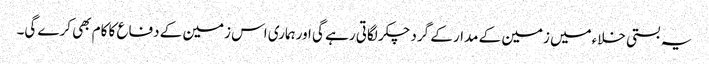
یہ بستی خلاءمیں زمین کے مدار کے گرد چکر لگاتی رہے گی اورہماری اس زمین کے دفاع کا کام بھی کرے گی۔